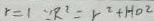
r = 1 \because R ^ { 2 } = r ^ { 2 } + H D ^ { 2 }